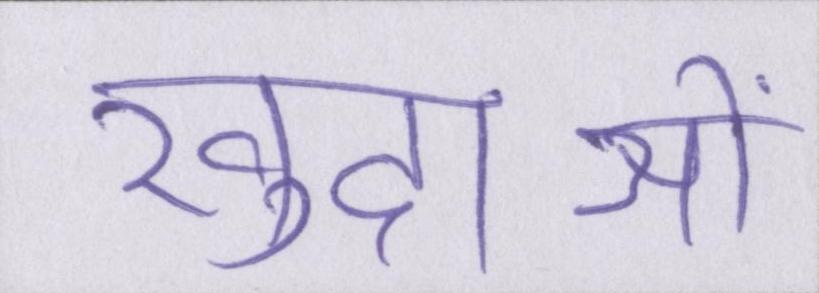
खुदाओं